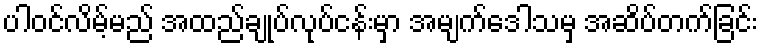
ပါဝင်လိမ့်မည် အထည်ချုပ်လုပ်ငန်းမှာ အမျက်ဒေါသမှ အဆိပ်တက်ခြင်း